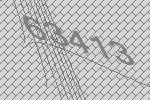
63413